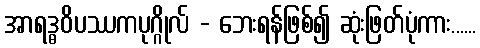
အာရဒ္ဓဝိပဿကပုဂ္ဂိုလ် - ဘေးရန်ဖြစ်၍ ဆုံးဖြတ်ပုံကား......